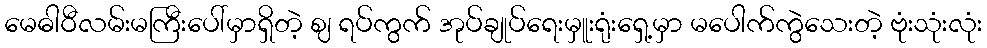
မေဓါဝီလမ်းမကြီးပေါ်မှာရှိတဲ့ ဈ ရပ်ကွက် အုပ်ချုပ်ရေးမှူးရုံးရှေ့မှာ မပေါက်ကွဲသေးတဲ့ ဗုံးသုံးလုံး